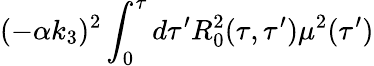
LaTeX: (-\alpha k_{3})^{2}\int_{0}^{\tau}d\tau^{\prime}R_{0}^{2}(\tau,\tau^{\prime})\mu^{2}(\tau^{\prime})